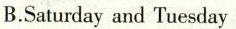
B.Saturday and Tuesday